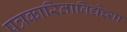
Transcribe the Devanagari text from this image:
पत्रकारिताविद्येच्या